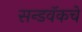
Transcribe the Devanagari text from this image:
सन्डवॅकचे